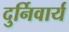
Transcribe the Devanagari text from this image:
दुर्निवार्य